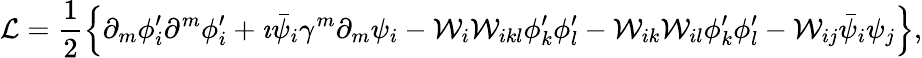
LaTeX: {\cal L}=\frac{1}{2}\left\{ \partial_{m}\phi_{i}^{\prime}\partial^{m}\phi_{i}^{\prime}+\imath\bar{\psi}_{i}\gamma^{m}\partial_{m}\psi_{i}-{\cal W}_{i}{\cal W}_{ikl}\phi_{k}^{\prime}\phi_{l}^{\prime}-{\cal W}_{ik}{\cal W}_{il}\phi_{k}^{\prime}\phi_{l}^{\prime}-{\cal W}_{ij}\bar{\psi}_{i}\psi_{j}\right\} ,